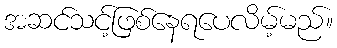
အဆင်သင့်ဖြစ်နေရပေလိမ့်မည်။